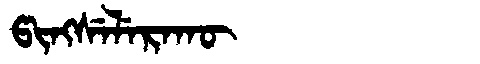
Manchu: ᡦᡳᠩᠰᡝᠯᡝᡵᠠᡴᡡ
Romanization: PINGSELERAKŪ